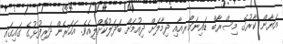
އަޔާން ކާރުގެ މިސްރާބް ޑައިނަމޯރއާއި ދިމާލަށް ދިއުމަށް ބަދަލުކޮށްލިއެވެ. އަހަރެން ދަރިފުޅުގެ ގައިގައި